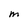
Character: M